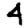
Digit: 4